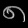
Digit: ၈